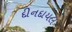
દીનદાયલ